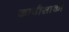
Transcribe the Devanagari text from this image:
कावीसाकी